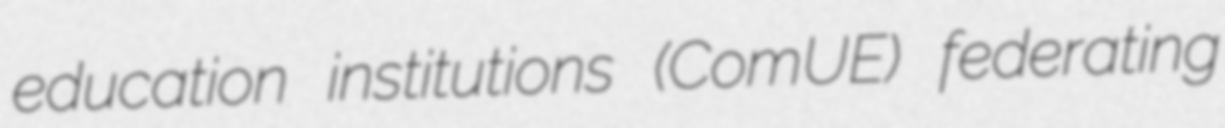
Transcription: education institutions (ComUE) federating